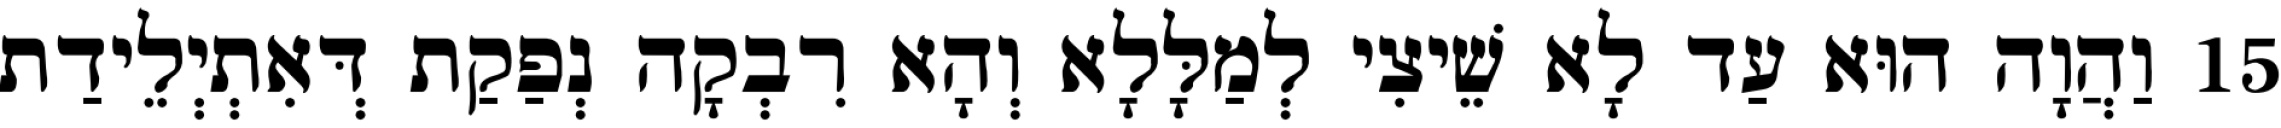
15 וַהֲוָה הוּא עַד לָא שֵׁיצִי לְמַלָּלָא וְהָא רִבְקָה נְפַקַת דְּאִתְיְלֵידַת